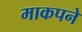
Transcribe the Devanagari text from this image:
माकपने